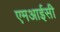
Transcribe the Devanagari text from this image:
एमआईसी